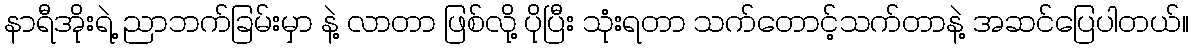
နာရီအိုးရဲ့ ညာဘက်ခြမ်းမှာ နဲ့ လာတာ ဖြစ်လို့ ပိုပြီး သုံးရတာ သက်တောင့်သက်တာနဲ့ အဆင်ပြေပါတယ်။